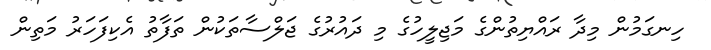
ހިނގަމުން މިދާ ރައްޔިތުންގެ މަޖިލީހުގެ މި ދައުރުގެ ޖަލްސާތަކުން ތަފާތު އެކިފަހަރު މަތިން